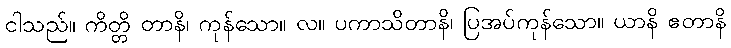
ငါသည်။ ကိတ္တိ တာနိ၊ ကုန်သော။ လ။ ပကာသိတာနိ၊ ပြအပ်ကုန်သော။ ယာနိ ဧတာနိ